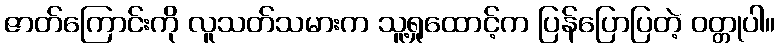
ဇာတ်ကြောင်းကို လူသတ်သမားက သူ့ရှုထောင့်က ပြန်ပြောပြတဲ့ ဝတ္တုပါ။